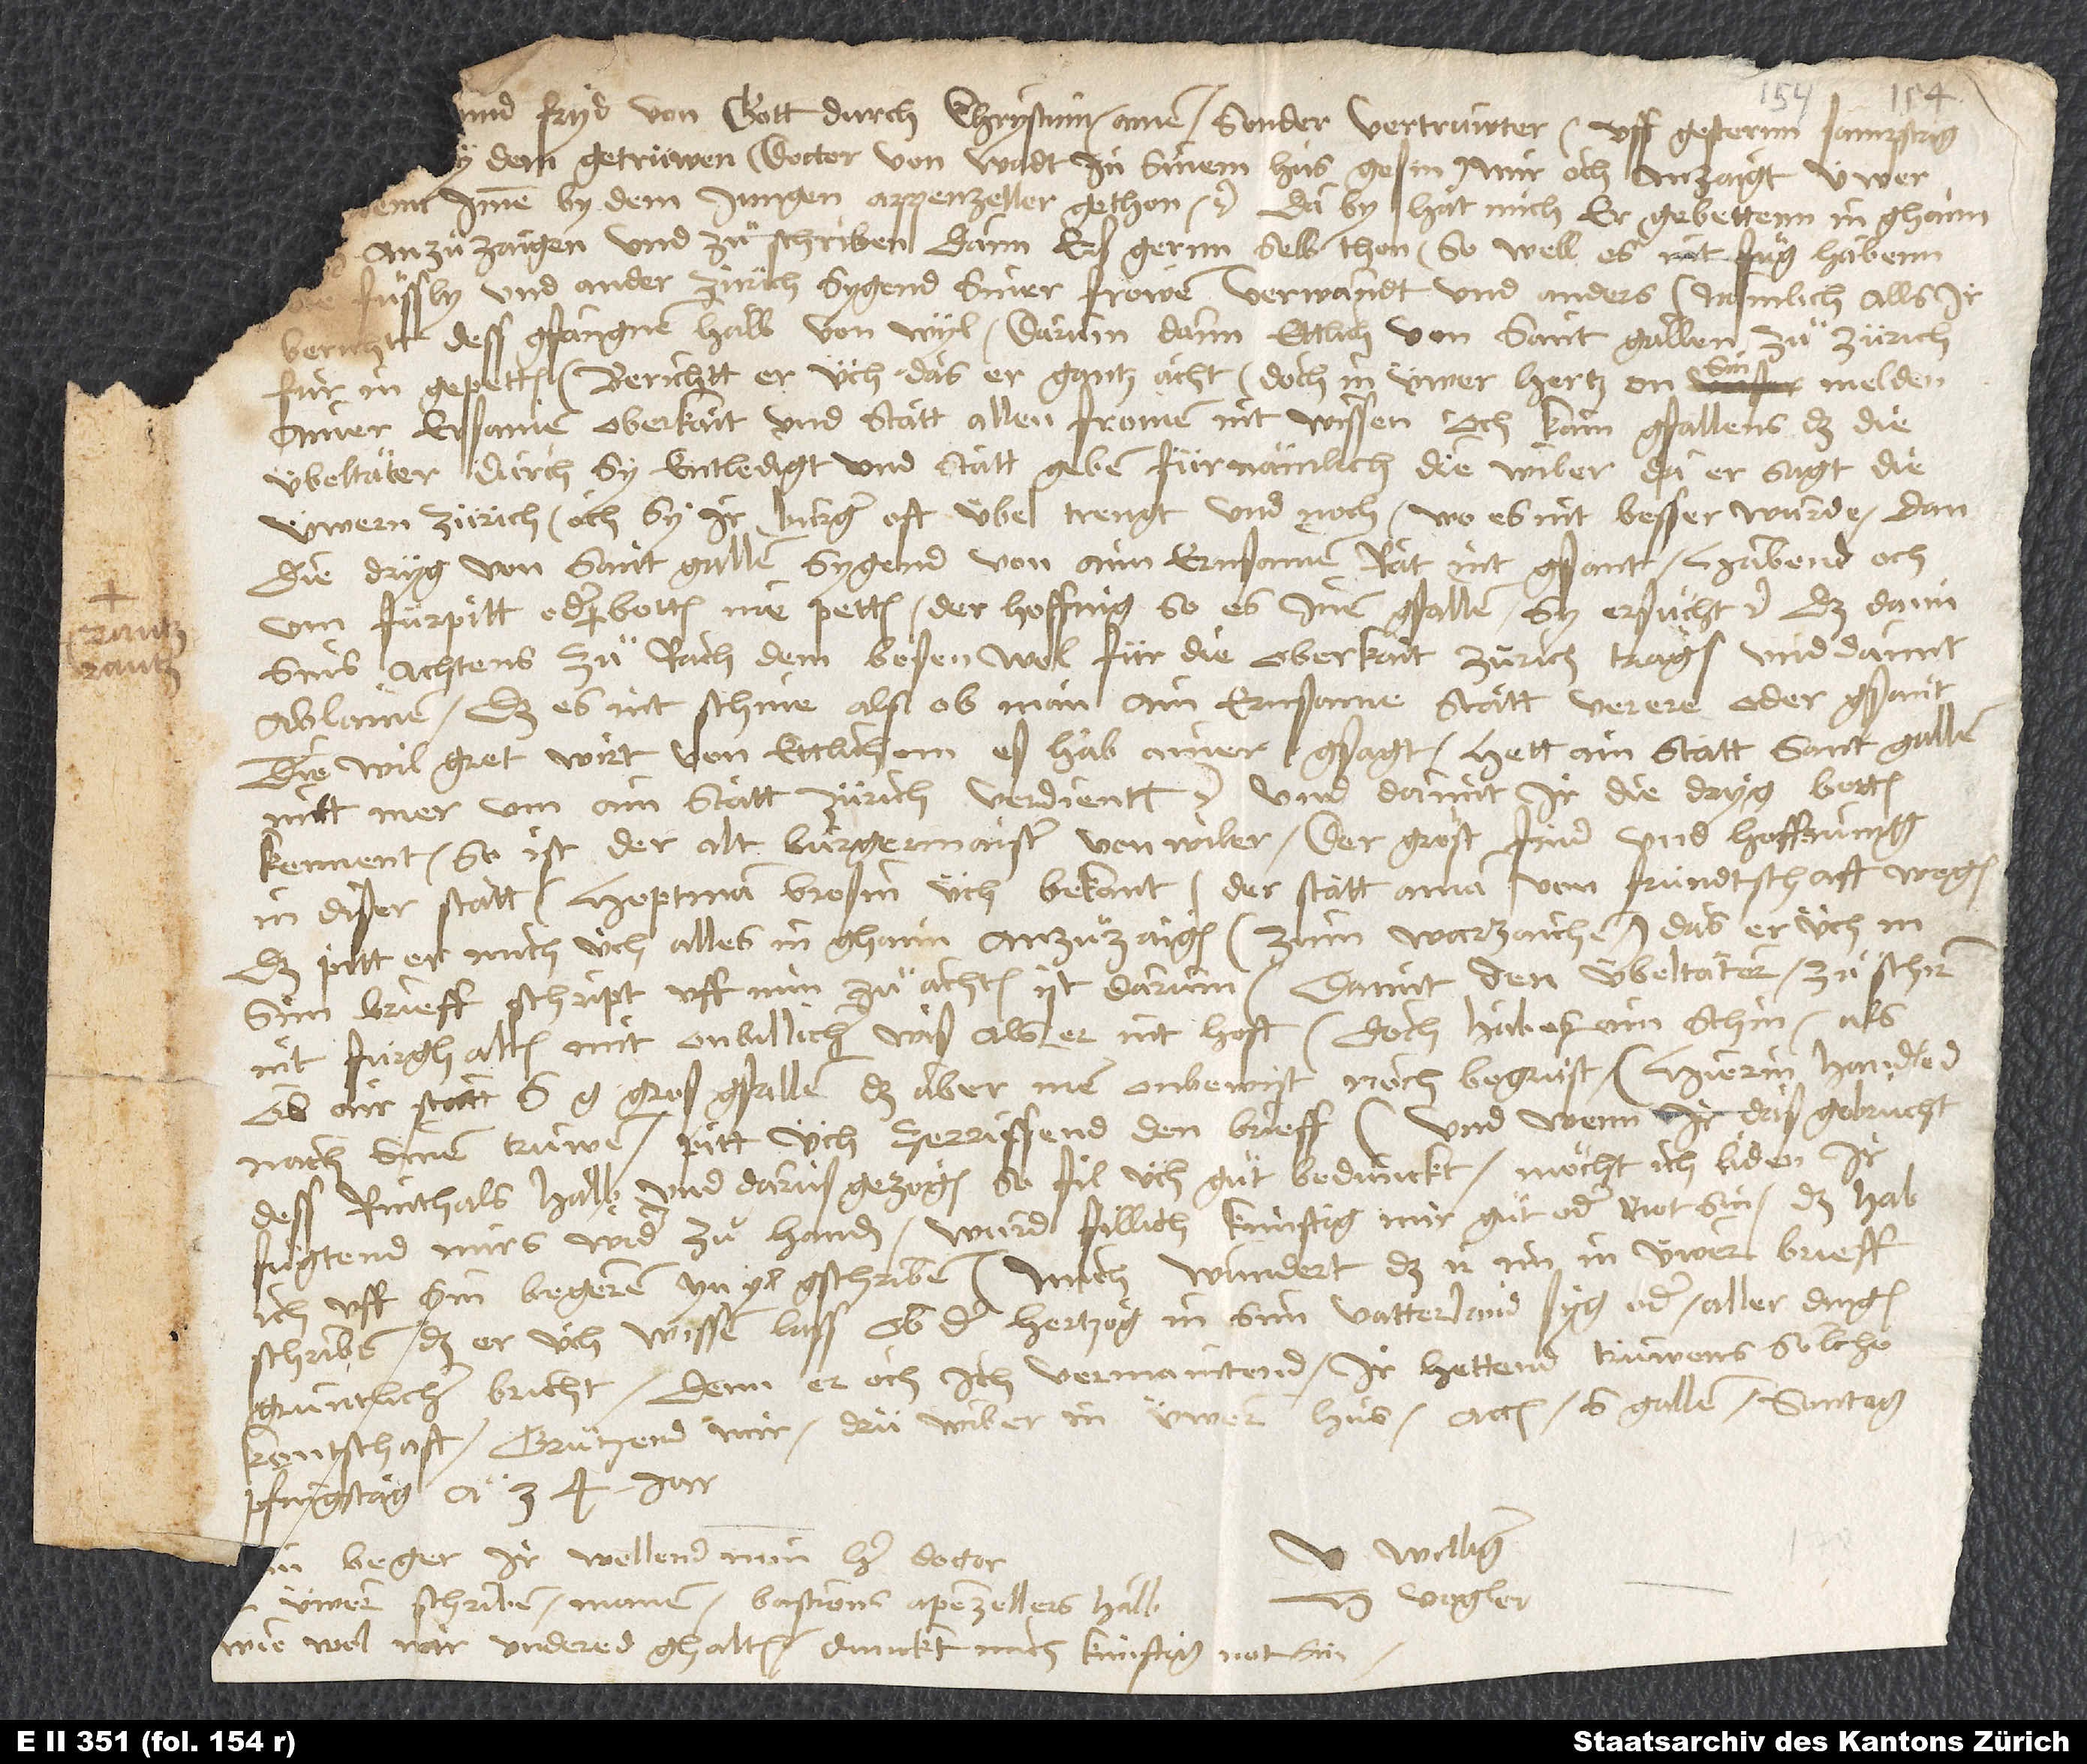
und fryd von gott durch Chrystum. Amen. Sonder vertruwter, uff gesternn sampstag
gros gfallen, das aber inen onbewist noch begrüst. Hierin handled
nach sinen trüwen. Pitt üch, zerrissend den brieff. Und wenn ir das gebrucht
dess Rinthals halb und darus gezogen, so fil üch guͦt bedunckt, möcht ich liden ir
fuͤgtend mirs wider zuͦ handen; wurd fillich künftig mir guͦt oder not sin. Das hab
ich uff sin begeren yn yl gschriben. Mich wundert, daß ir im in üwer brieff
schriben, daß er üch wissen lass, ob der hertzog syg oder aller dingen
gruntlicher bricht. Denn er, och ich, vermaintend, ir hettend truwens solche
kontschaft. Gruͤtzend mir drü wiber in üwerm hus. Actum S. Gallen, sontag
pfingstag anno 34 jar.
williger
H. Vogler.
üwerm schriben manen Bastions Apenzellers halb;
wiewol wir undered ghalten, dunckt mich künftig not sin.